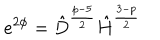
LaTeX: e ^ { 2 \phi } = \hat { D } ^ { \frac { p - 5 } { 2 } } \hat { H } ^ { \frac { 3 - p } { 2 } }